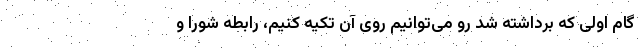
گام اولی که برداشته شد رو می‌توانیم روی آن تکیه کنیم، رابطه شورا و